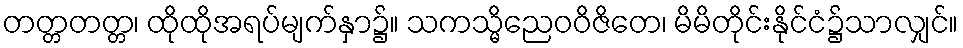
တတ္တတတ္တ၊ ထိုထိုအရပ်မျက်နှာ၌။ သကသ္မိညေဝဝိဇိတေ၊ မိမိတိုင်းနိုင်ငံ၌သာလျှင်။